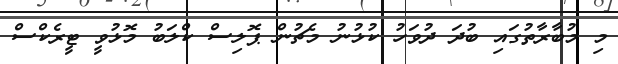
މި މުބާރާތުގައި ބުދަ ދުވަހު ކުޅުނު މެޗުން ޕޮލިސް ކްލަބު މޮޅުވީ ޓީރެކްސް